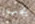
يجب